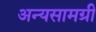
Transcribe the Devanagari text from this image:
अन्यसामग्री